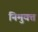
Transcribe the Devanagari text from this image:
निमुक्त